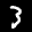
Label: 3